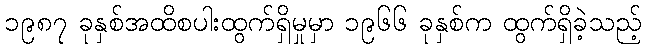
၁၉၈၇ ခုနှစ်အထိစပါးထွက်ရှိမှုမှာ ၁၉၆၆ ခုနှစ်က ထွက်ရှိခဲ့သည့်